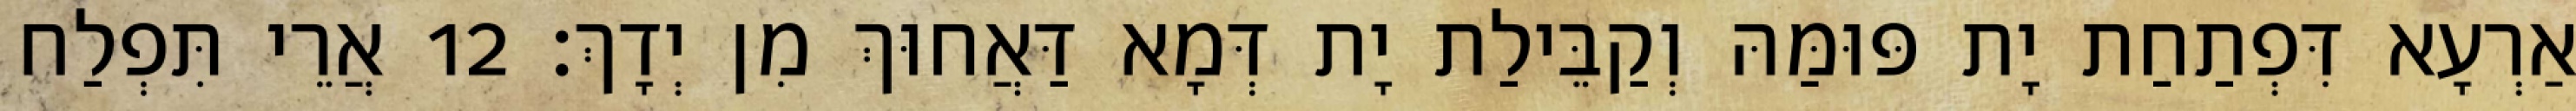
אַרְעָא דִּפְתַחַת יָת פּוּמַּהּ וְקַבֵּילַת יָת דְּמָא דַּאֲחוּךְ מִן יְדָךְ׃ 12 אֲרֵי תִּפְלַח